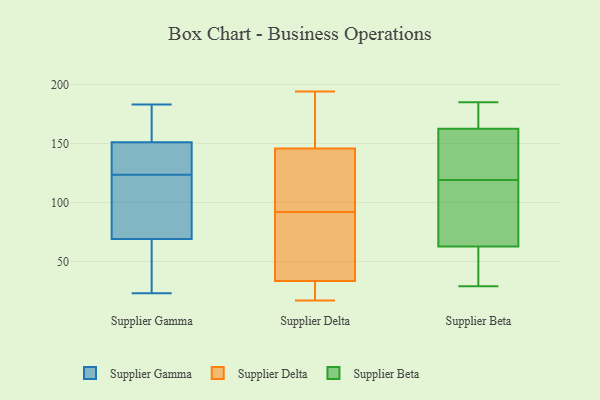
{"axis": {"x": "Customer Acquisition Cost (USD)", "y": "Value"}, "legend": ["Supplier Beta", "Supplier Delta", "Supplier Gamma"], "data": [{"x": "", "y": 183, "type": "Supplier Gamma"}, {"x": "", "y": 151, "type": "Supplier Gamma"}, {"x": "", "y": 122, "type": "Supplier Gamma"}, {"x": "", "y": 163, "type": "Supplier Gamma"}, {"x": "", "y": 32, "type": "Supplier Gamma"}, {"x": "", "y": 48, "type": "Supplier Gamma"}, {"x": "", "y": 125, "type": "Supplier Gamma"}, {"x": "", "y": 128, "type": "Supplier Gamma"}, {"x": "", "y": 143, "type": "Supplier Gamma"}, {"x": "", "y": 169, "type": "Supplier Gamma"}, {"x": "", "y": 179, "type": "Supplier Gamma"}, {"x": "", "y": 107, "type": "Supplier Gamma"}, {"x": "", "y": 23, "type": "Supplier Gamma"}, {"x": "", "y": 114, "type": "Supplier Gamma"}, {"x": "", "y": 53, "type": "Supplier Gamma"}, {"x": "", "y": 85, "type": "Supplier Gamma"}, {"x": "", "y": 51, "type": "Supplier Gamma"}, {"x": "", "y": 142, "type": "Supplier Gamma"}, {"x": "", "y": 151, "type": "Supplier Gamma"}, {"x": "", "y": 91, "type": "Supplier Gamma"}, {"x": "", "y": 62, "type": "Supplier Delta"}, {"x": "", "y": 24, "type": "Supplier Delta"}, {"x": "", "y": 99, "type": "Supplier Delta"}, {"x": "", "y": 147, "type": "Supplier Delta"}, {"x": "", "y": 142, "type": "Supplier Delta"}, {"x": "", "y": 43, "type": "Supplier Delta"}, {"x": "", "y": 38, "type": "Supplier Delta"}, {"x": "", "y": 23, "type": "Supplier Delta"}, {"x": "", "y": 32, "type": "Supplier Delta"}, {"x": "", "y": 171, "type": "Supplier Delta"}, {"x": "", "y": 17, "type": "Supplier Delta"}, {"x": "", "y": 102, "type": "Supplier Delta"}, {"x": "", "y": 53, "type": "Supplier Delta"}, {"x": "", "y": 154, "type": "Supplier Delta"}, {"x": "", "y": 92, "type": "Supplier Delta"}, {"x": "", "y": 174, "type": "Supplier Delta"}, {"x": "", "y": 194, "type": "Supplier Delta"}, {"x": "", "y": 25, "type": "Supplier Delta"}, {"x": "", "y": 127, "type": "Supplier Delta"}, {"x": "", "y": 92, "type": "Supplier Beta"}, {"x": "", "y": 43, "type": "Supplier Beta"}, {"x": "", "y": 61, "type": "Supplier Beta"}, {"x": "", "y": 68, "type": "Supplier Beta"}, {"x": "", "y": 124, "type": "Supplier Beta"}, {"x": "", "y": 185, "type": "Supplier Beta"}, {"x": "", "y": 52, "type": "Supplier Beta"}, {"x": "", "y": 29, "type": "Supplier Beta"}, {"x": "", "y": 167, "type": "Supplier Beta"}, {"x": "", "y": 179, "type": "Supplier Beta"}, {"x": "", "y": 69, "type": "Supplier Beta"}, {"x": "", "y": 172, "type": "Supplier Beta"}, {"x": "", "y": 149, "type": "Supplier Beta"}, {"x": "", "y": 119, "type": "Supplier Beta"}, {"x": "", "y": 140, "type": "Supplier Beta"}]}